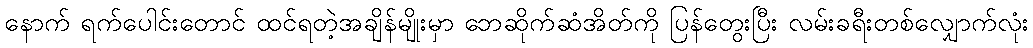
နောက် ရက်ပေါင်းတောင် ထင်ရတဲ့အချိန်မျိုးမှာ ဘေဆိုက်ဆံအိတ်ကို ပြန်တွေးပြီး လမ်းခရီးတစ်လျှောက်လုံး